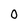
Character: 0